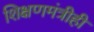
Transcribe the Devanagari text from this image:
शिक्षणमंत्रीही